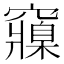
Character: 䆿